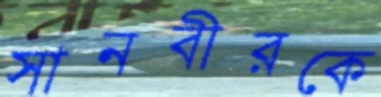
সানবীরকে